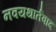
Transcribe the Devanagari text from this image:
नवयथार्तवाद